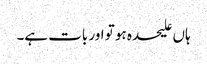
ہاں علیحدہ ہو تو اور بات ہے۔